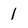
Character: 1